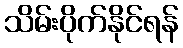
သိမ်းပိုက်နိုင်ရန်